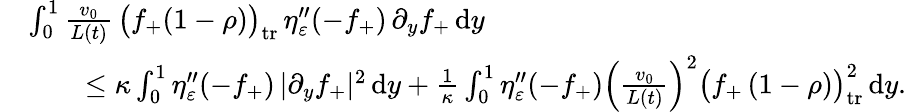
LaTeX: \begin{array}{rl}&{\int_{0}^{1}\frac{v_{0}}{L(t)}\, \bigl(f_{+}(1-\rho)\bigr)_{\mathrm{tr}}\, \eta_{\varepsilon}^{\prime\prime}(-f_{+})\, \partial_{y}f_{+}\, \textup{d}y}\\ &{\qquad\le\kappa\int_{0}^{1}\eta_{\varepsilon}^{\prime\prime}(-f_{+})\, |\partial_{y}f_{+}|^{2}\, \textup{d}y+\frac{1}{\kappa}\int_{0}^{1}\eta_{\varepsilon}^{\prime\prime}(-f_{+})\Big(\frac{v_{0}}{L(t)}\Big)^{2}\bigl(f_{+}\, (1-\rho)\bigr)_{\mathrm{tr}}^{2}\, \textup{d}y.}\end{array}